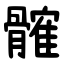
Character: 髉